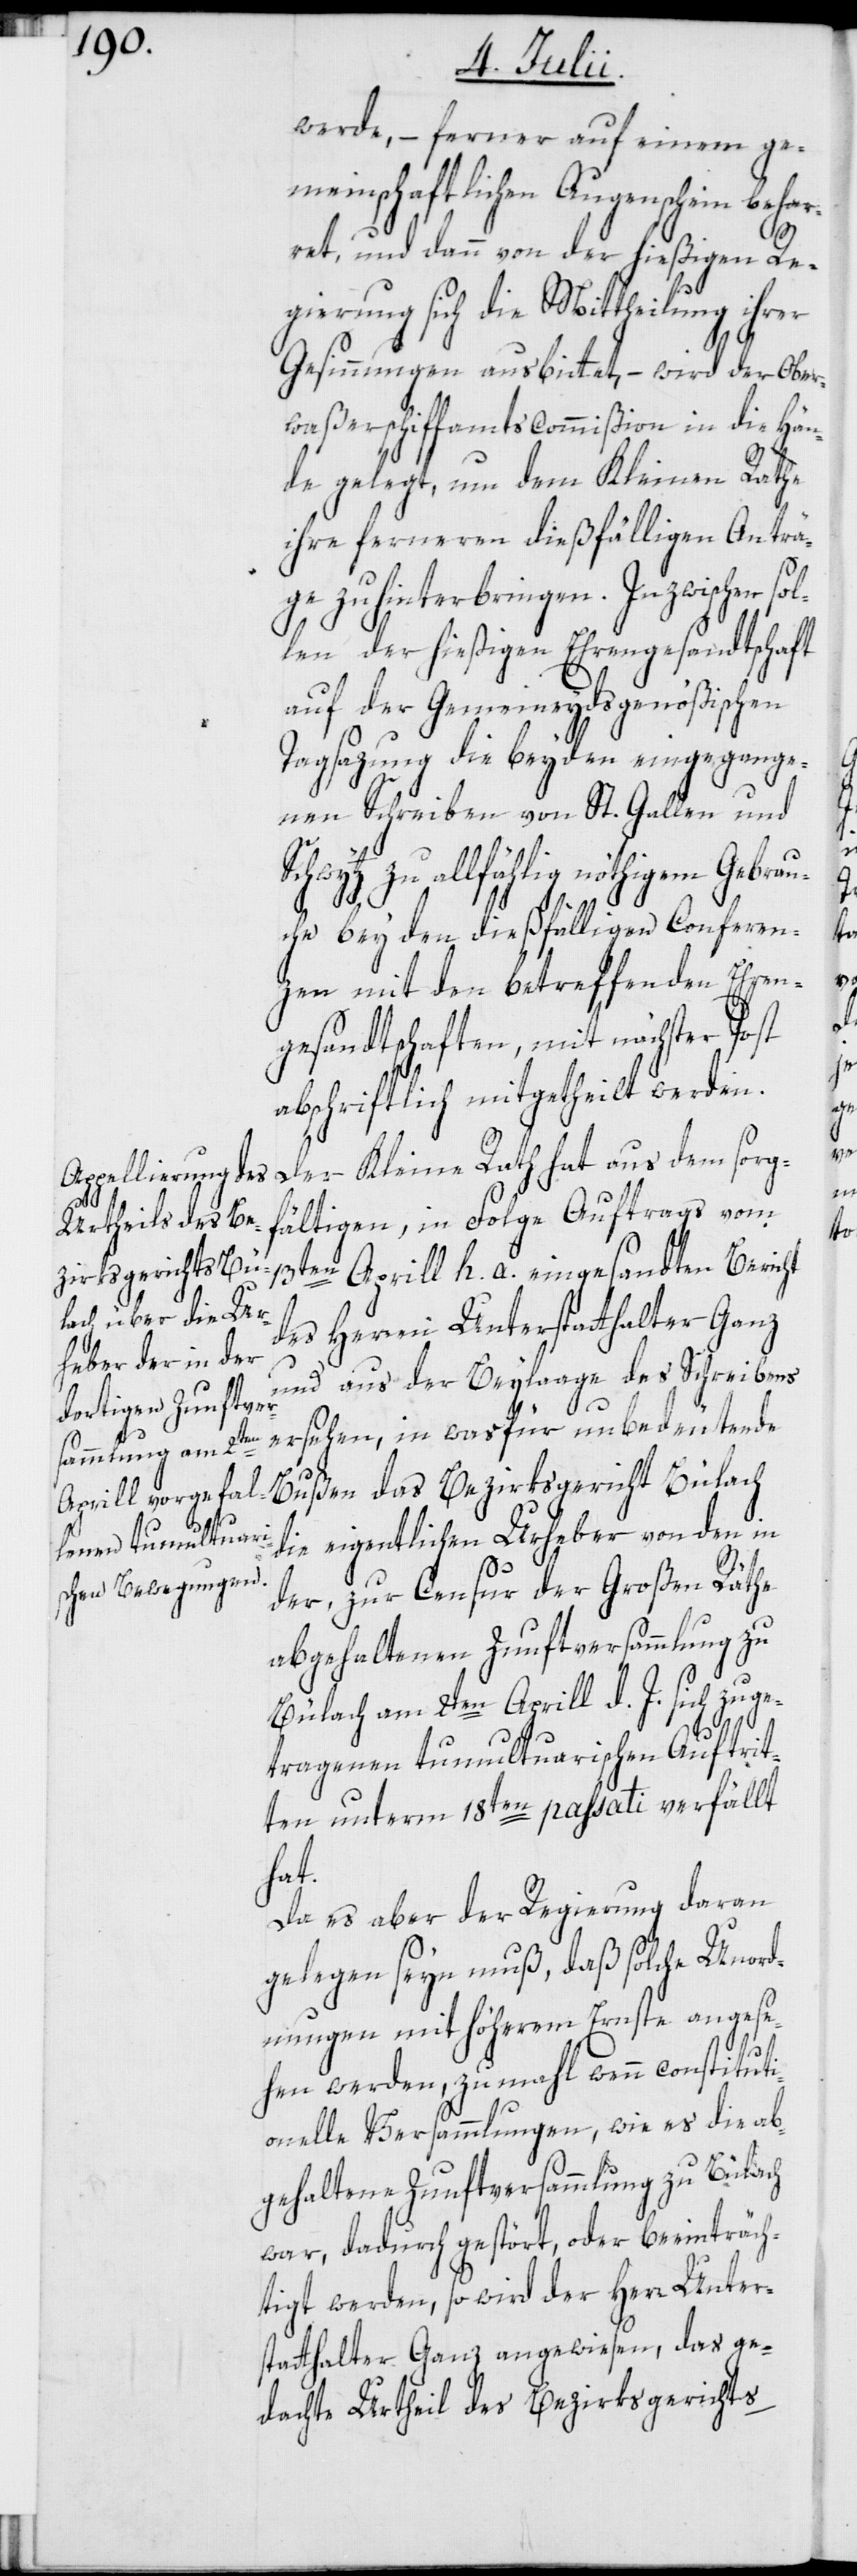
werde, – ferner auf einem ge¬
meinschaftlichen Augenschein
ret, und dann von der hießigen Re¬
gierung sich die Mittheilung ihrer
Gesinnungen ausbittet, – wird der Ober¬
waßerschiffamtscommißion in die Hän¬
de gelegt, um dem Kleinen Rathe
ihre ferneren dießfälligen Anträ¬
ge zu hinterbringen. Inzwischen so¬
len der hießigen Ehrengesandtschaft
auf der Gemeineydsgenößischen
Tagsazung die beyden eingegange¬
nen Schreiben von St. Gallen und
tz zu allfählig nöthigem Gebrau¬
che bey den dießfälligen Conferen¬
zen mit den betreffenden Ehren¬
gesandtschaften, mit nächster Post
abschriftlich mitgetheilt werden.
Der Kleine Rath hat aus dem sorg¬
fältigen, in Folge Auftrags vom
13t¬
en Aprill h. a. eingesandten Bericht
des Herren Unterstatthalter Ganz
und aus der Beylaage des Schreibens
ersehen, in was für unbedeutende
Bußen das Bezirksgericht Bülach
l¬
die eigentlichen Urheber von den in
der, zur Censur der Großen Räthe
abgehaltenen Zunftversammlung zu
Bülach am 2ten Aprill d. J. sich zuge¬
tragenen tumultuarischen Auftrit¬
ten unterm 18ten passati verfällt
hat.
Da es aber der Regierung daran
gelegen seyn muß, daß solche Unord¬
nungen mit höherem Ernste angese¬
Schwy¬
hen werden, zumahl wenn constituti¬
onelle Versammlungen, wie es die ab¬
gehaltene Zunftversammlung zu Bülach
war, dadurch gestört, oder beeinträch¬
tigt werden, so wird der Herr Unter¬
statthalter Ganz angewiesen, das ge¬
dachte Urtheil des Bezirksgerichts